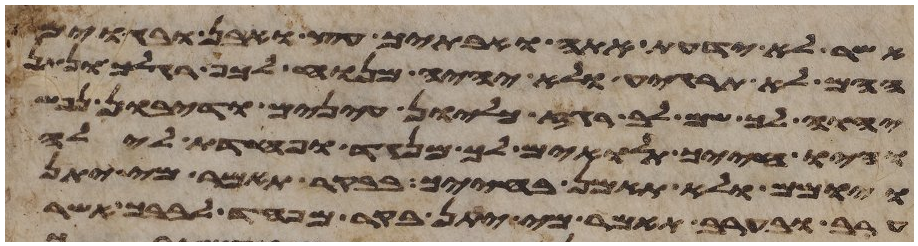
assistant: אשר לא ידעת אתה ואבתיך עץ ואבן ובגוים
ההם לא תרגיע ולא יהיה מנוח לכף רגלך ונתן
יהוה לך שם לב רגז כליון עינים ודיבון נפש
והיו חייך תלאים לך מנגד ופחדת לילה
ויומם ולא תאמן בחייך בבקר תאמר מי יתן
ערב ובערב תאמר מי יתן בקר מפחד לבבך אשר